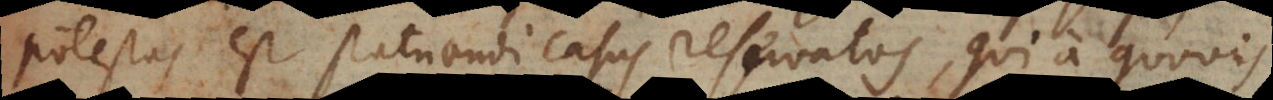
potestas est statuendi casus reservatos, qui a quovis